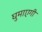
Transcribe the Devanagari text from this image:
घुमाएगी